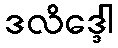
ဒလိဒ္ဒေါ